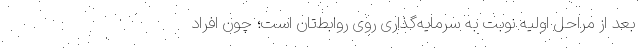
بعد از مراحل اولیه نوبت به سرمایه‌گذاری روی روابط‌تان است؛ چون افراد